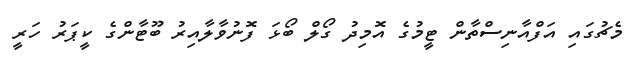
މެޗުގައި އަފްއާނިސްތާން ޓީމުގެ އޮމިދު ގޯލް ބޯޅަ ފޮނުވާލާއިރު ބޫޓާންގެ ކީޕަރު ހަރީ